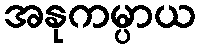
အနုကမ္ပာယ